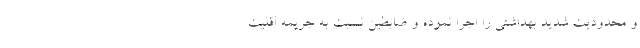
و محدودیت شدید بهداشتی را اجرا نموده و ضابطین نسبت به جریمه اقلیت